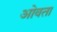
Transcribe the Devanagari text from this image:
ओवता